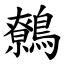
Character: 鷯